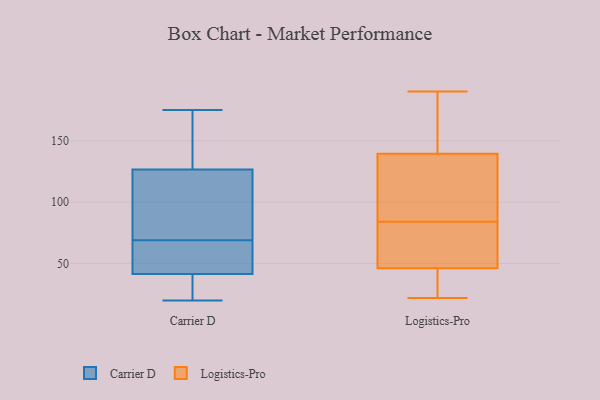
{"axis": {"x": "Temperature (°C)", "y": "Value"}, "legend": ["Carrier D", "Logistics-Pro"], "data": [{"x": "", "y": 64, "type": "Carrier D"}, {"x": "", "y": 22, "type": "Carrier D"}, {"x": "", "y": 105, "type": "Carrier D"}, {"x": "", "y": 46, "type": "Carrier D"}, {"x": "", "y": 130, "type": "Carrier D"}, {"x": "", "y": 105, "type": "Carrier D"}, {"x": "", "y": 162, "type": "Carrier D"}, {"x": "", "y": 35, "type": "Carrier D"}, {"x": "", "y": 98, "type": "Carrier D"}, {"x": "", "y": 50, "type": "Carrier D"}, {"x": "", "y": 170, "type": "Carrier D"}, {"x": "", "y": 23, "type": "Carrier D"}, {"x": "", "y": 37, "type": "Carrier D"}, {"x": "", "y": 175, "type": "Carrier D"}, {"x": "", "y": 53, "type": "Carrier D"}, {"x": "", "y": 123, "type": "Carrier D"}, {"x": "", "y": 64, "type": "Carrier D"}, {"x": "", "y": 20, "type": "Carrier D"}, {"x": "", "y": 173, "type": "Carrier D"}, {"x": "", "y": 74, "type": "Carrier D"}, {"x": "", "y": 147, "type": "Logistics-Pro"}, {"x": "", "y": 66, "type": "Logistics-Pro"}, {"x": "", "y": 116, "type": "Logistics-Pro"}, {"x": "", "y": 99, "type": "Logistics-Pro"}, {"x": "", "y": 113, "type": "Logistics-Pro"}, {"x": "", "y": 137, "type": "Logistics-Pro"}, {"x": "", "y": 56, "type": "Logistics-Pro"}, {"x": "", "y": 47, "type": "Logistics-Pro"}, {"x": "", "y": 84, "type": "Logistics-Pro"}, {"x": "", "y": 33, "type": "Logistics-Pro"}, {"x": "", "y": 190, "type": "Logistics-Pro"}, {"x": "", "y": 22, "type": "Logistics-Pro"}, {"x": "", "y": 169, "type": "Logistics-Pro"}, {"x": "", "y": 152, "type": "Logistics-Pro"}, {"x": "", "y": 53, "type": "Logistics-Pro"}, {"x": "", "y": 23, "type": "Logistics-Pro"}, {"x": "", "y": 44, "type": "Logistics-Pro"}]}